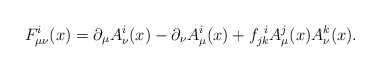
\begin{align*}F_{\mu\nu}^{i}(x) = \partial_{\mu}A_{\nu}^{i}(x) - \partial_{\nu}A_{\mu}^{i}(x)+ f_{jk}^{\,\,\,i}A_{\mu}^{j}(x)A_{\nu}^{k}(x). \end{align*}